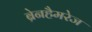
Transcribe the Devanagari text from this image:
ब्रेनहैमरेज